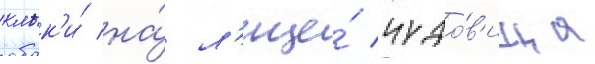
клык'и́ на́ л'ице́ чудо́в'ища